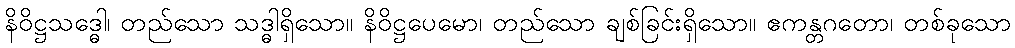
နိဝိဋ္ဌသဒ္ဓေါ၊ တည်သော သဒ္ဓါရှိသော။ နိဝိဋ္ဌပေမော၊ တည်သော ချစ်ခြင်းရှိသော။ ဧကန္တဂတော၊ တစ်ခုသော